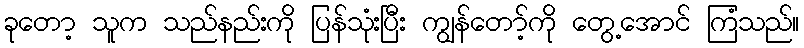
ခုတော့ သူက သည်နည်းကို ပြန်သုံးပြီး ကျွန်တော့်ကို တွေ့အောင် ကြံသည်။